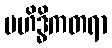
မဟိဒ္ဓိကတရာ